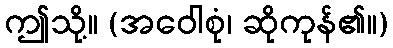
ဤသို့။ (အဝေါစုံ၊ ဆိုကုန်၏။)